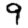
Digit: 9